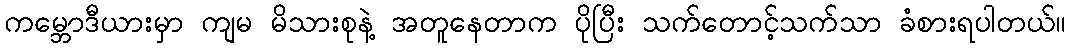
ကမ္ဘောဒီယားမှာ ကျမ မိသားစုနဲ့ အတူနေတာက ပိုပြီး သက်တောင့်သက်သာ ခံစားရပါတယ်။